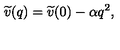
\widetilde { v } ( q ) = \widetilde { v } ( 0 ) - \alpha q ^ { 2 } ,